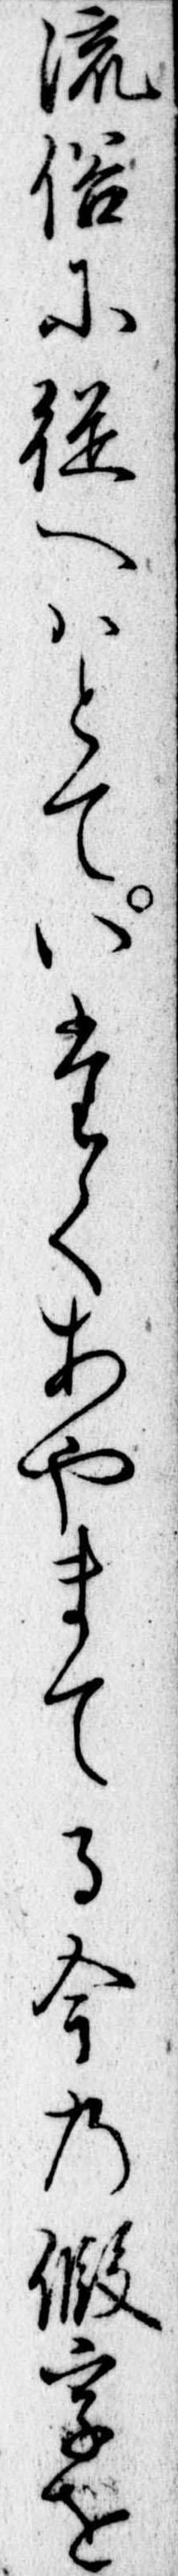
流俗に従へはとていたくあやまてる今の仮字を